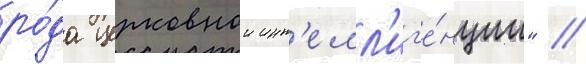
ро́да церковнои инт'елл'иг'е́нции" /